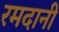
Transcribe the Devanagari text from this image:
रमदानी